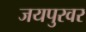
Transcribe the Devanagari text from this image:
जयपुरवर